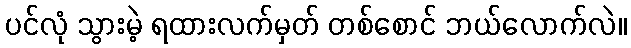
ပင်လုံ သွားမဲ့ ရထားလက်မှတ် တစ်စောင် ဘယ်လောက်လဲ။